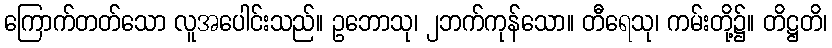
ကြောက်တတ်သော လူအပေါင်းသည်။ ဥဘောသု၊ ၂ဘက်ကုန်သော။ တီရေသု၊ ကမ်းတို့၌။ တိဋ္ဌတိ၊